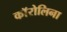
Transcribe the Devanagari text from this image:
काॅरोलिना